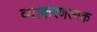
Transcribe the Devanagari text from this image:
व्याकरणत्मक